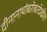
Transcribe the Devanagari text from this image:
दीनानाथांबरोबरदेखील